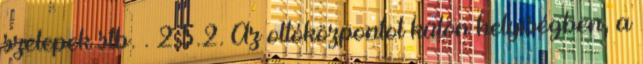
szelepek stb. . 2.5.2. Az oltóközpontot külön helyiségben, a